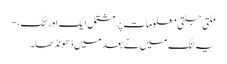
ملتی جلتی معلومات پر مشتمل ایک اور لنک، -
یہ لنک میں نے بعد میں ڈھونڈھا۔